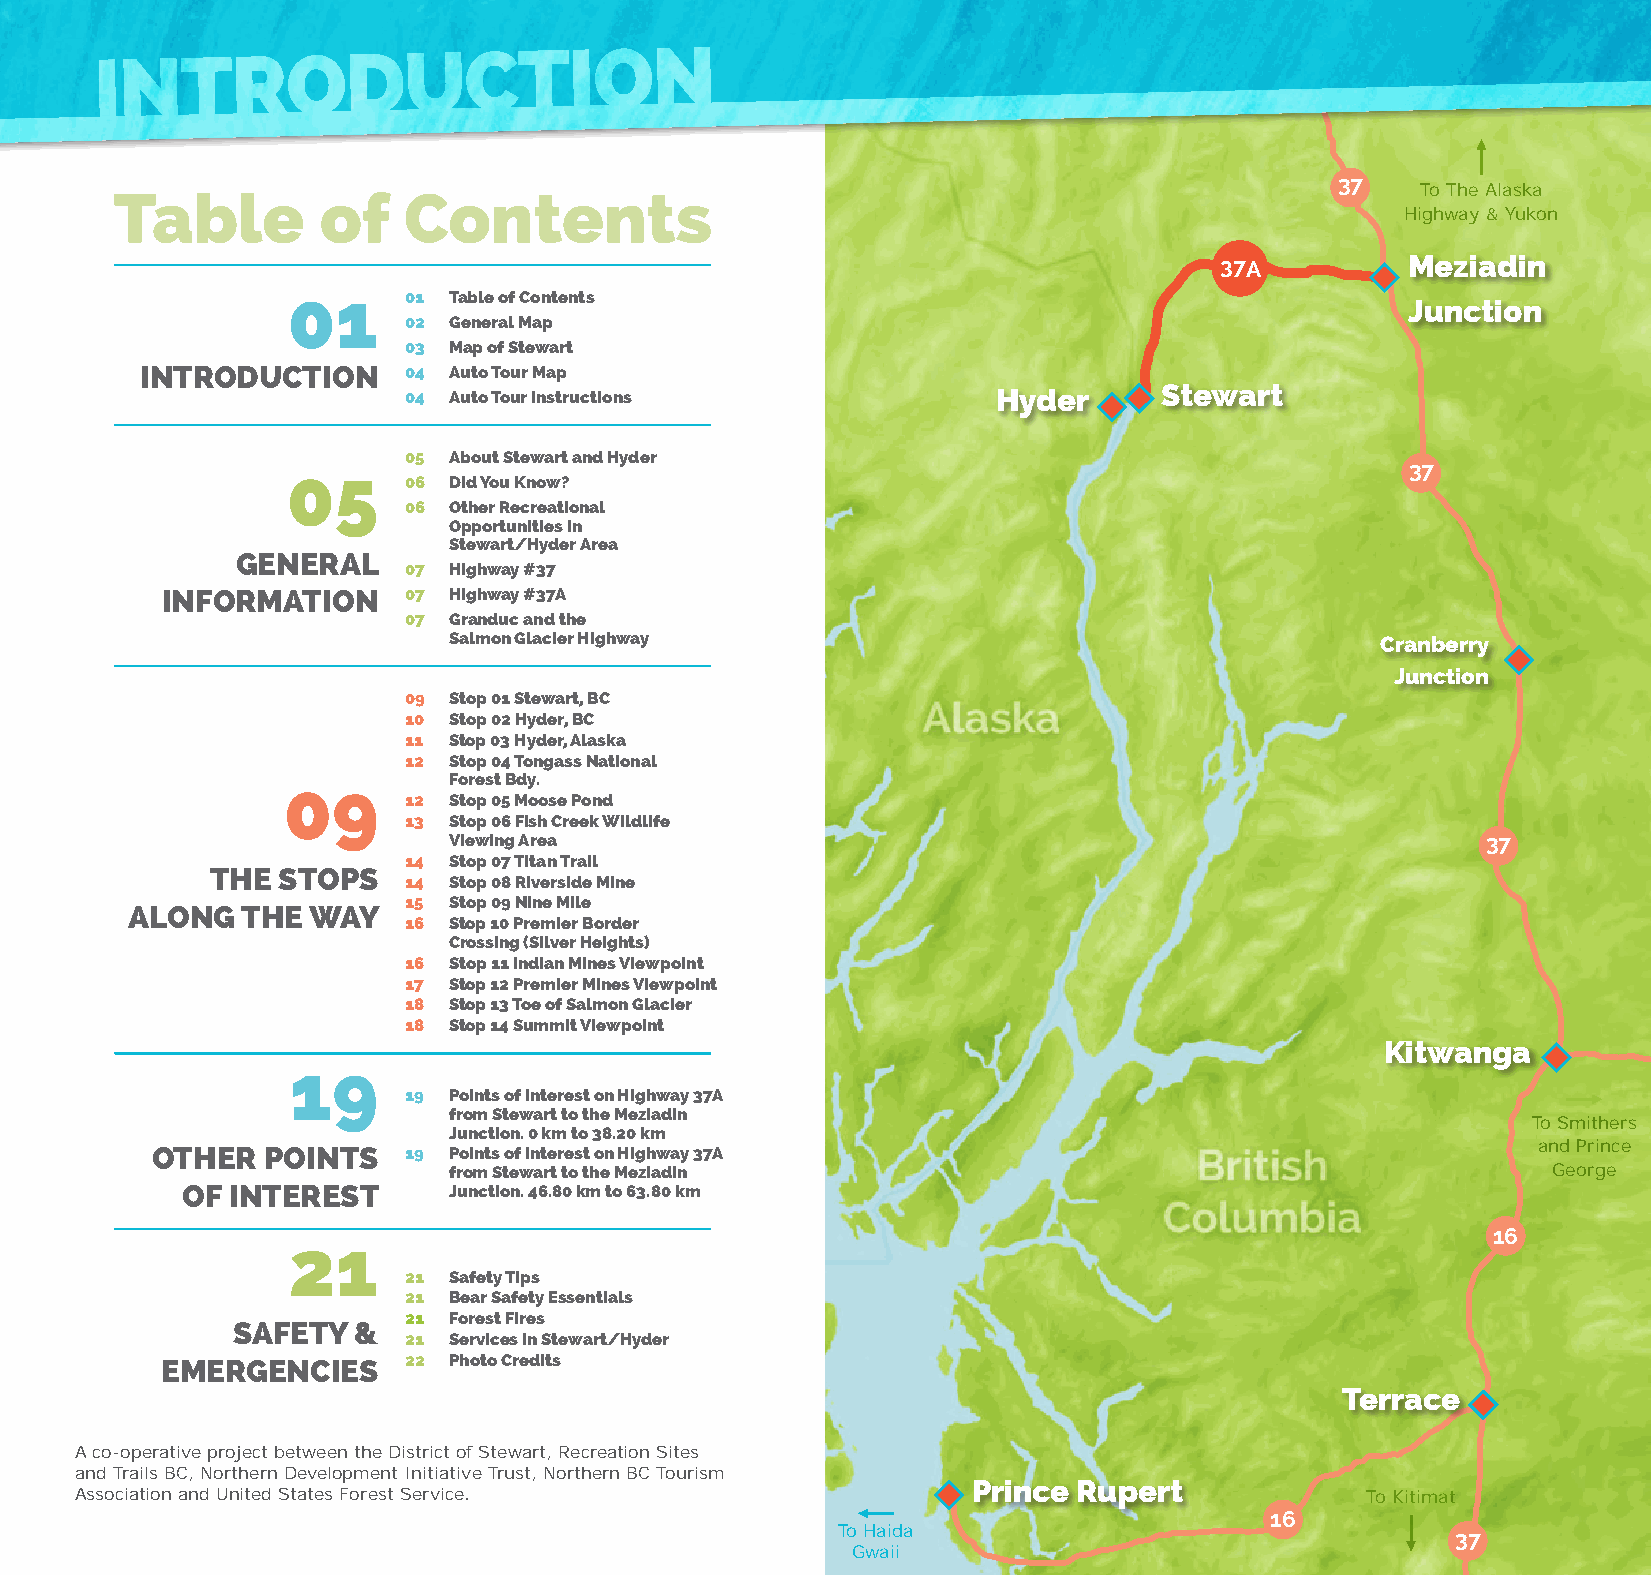
IInnttrroodduuccttIIoonn
 37
 Table        of    Contents                                                           To The Alaska
 Highway & Yukon
 37A         Meziadin
 01 Table of Contents
 Junction
 02 General Map
 03 Map of Stewart
 InTRoduCTIon      04 Auto Tour Map
 04 Auto Tour Instructions              Hyder      Stewart
 05 About Stewart and Hyder
 37
 06 did You Know?
 06 other Recreational
 opportunities in
 Stewart/Hyder Area
 GeneRAl
 07 Highway #37
 InfoRMATIon     07 Highway #37A
 07 Granduc and the
 Salmon Glacier Highway                                       Cranberry
 Junction
 09 Stop 01 Stewart, BC
 10 Stop 02 Hyder, BC
 11 Stop 03 Hyder, Alaska
 12 Stop 04 Tongass national
 forest Bdy.
 12 Stop 05 Moose Pond
 13 Stop 06 fish Creek Wildlife
 Viewing Area                                                        37
 14 Stop 07 Titan Trail
 THe SToPS
 14 Stop 08 Riverside Mine
 15 Stop 09 nine Mile
 AlonG   THe WAY
 16 Stop 10 Premier Border
 Crossing (Silver Heights)
 16 Stop 11 Indian Mines Viewpoint
 17 Stop 12 Premier Mines Viewpoint
 18 Stop 13 Toe of Salmon Glacier
 18 Stop 14 Summit Viewpoint
 Kitwanga
 19 Points of Interest on Highway 37A
 from Stewart to the Meziadin
 To Smithers
 Junction. 0 km to 38.20 km
 oTHeR  PoInTS    19 Points of Interest on Highway 37A                                       and Prince
 from Stewart to the Meziadin                                             George
 of InTeReST       Junction. 46.80 km to 63.80 km
 16
 21 Safety Tips
 21 Bear Safety essentials
 21 forest fires
 SAfeTY  &
 21 Services in Stewart/Hyder
 eMeRGenCIeS     22 Photo Credits
 Terrace
 A co-operative project between the District of Stewart, Recreation Sites
 and Trails BC, Northern Development Initiative Trust, Northern BC Tourism
 Prince Rupert
 Association and United States Forest Service.                                        To Kitimat
 16
 To Haida                                 37
 Gwaii